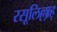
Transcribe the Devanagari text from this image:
रसूलिल्लाह्